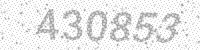
Solution: 430853